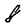
Character: 8